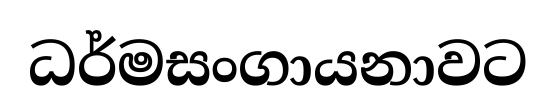
ධර්මසංගායනාවට